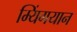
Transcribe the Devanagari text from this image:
म्यिंगयान